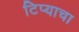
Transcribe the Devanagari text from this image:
टिप्याचा